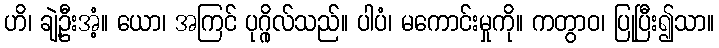
ဟိ၊ ချဲ့ဦးအံ့။ ယော၊ အကြင် ပုဂ္ဂိုလ်သည်။ ပါပံ၊ မကောင်းမှုကို။ ကတွာဝ၊ ပြုပြီး၍သာ။